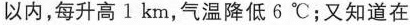
以内，每升高 1 km，气温降低 6 °C；又知道在